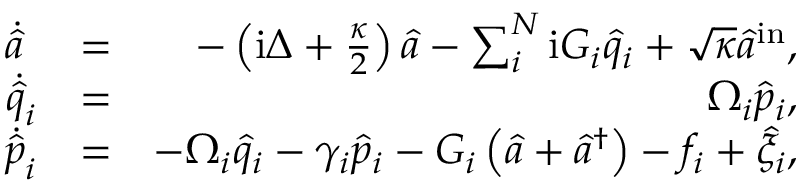
\begin{array} { r l r } { \dot { \hat { a } } \ } & { = } & { - \left( \mathrm { i } \Delta + \frac { \kappa } { 2 } \right) \hat { a } - \sum _ { i } ^ { N } \mathrm { i } G _ { i } \hat { q } _ { i } + \sqrt { \kappa } \hat { a } ^ { \mathrm { i n } } , } \\ { \dot { \hat { q } } _ { i } } & { = } & { \ \Omega _ { i } \hat { p } _ { i } , } \\ { \dot { \hat { p } } _ { i } } & { = } & { - \Omega _ { i } \hat { q } _ { i } - \gamma _ { i } \hat { p } _ { i } - G _ { i } \left( \hat { a } + \hat { a } ^ { \dagger } \right) - f _ { i } + \hat { \xi } _ { i } , } \end{array}